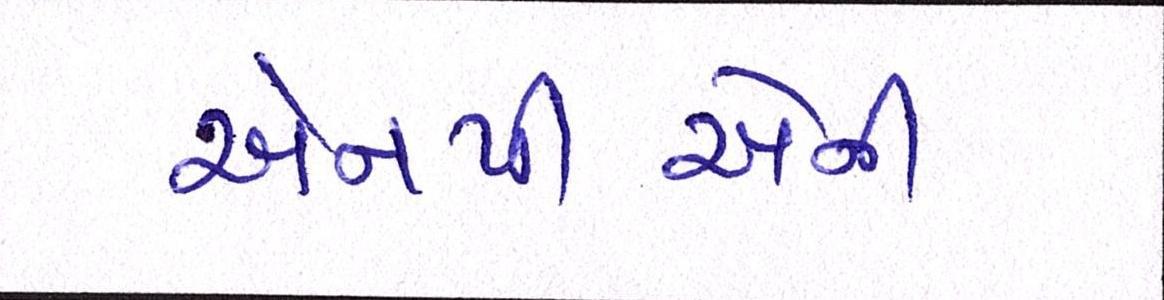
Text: એનપીએની